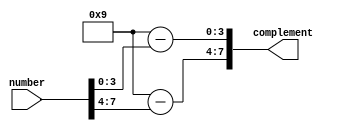
`timescale 1ns / 1ps
//////////////////////////////////////////////////////////////////////////////////
// Company: 
// Engineer: 
// 
// Design Name: 
// Module Name: complBCD
// Project Name: 
// Target Devices: 
// Tool Versions: 
// Description: 
// 
// Dependencies: 
// 
// Revision:
// Revision 0.01 - File Created
// Additional Comments:
// 
//////////////////////////////////////////////////////////////////////////////////


module complBCD(input [7:0] number, output [7:0] complement);
    wire [3:0] number_0, number_1;
    wire [3:0] complement_1, complement_0;
    
    
    assign number_1 = number[7:4];
    assign number_0 = number[3:0];
    
    assign complement_0 = 9 - number_0;
    assign complement_1 = 9 - number_1;

    assign complement = {complement_1, complement_0};
endmodule